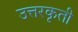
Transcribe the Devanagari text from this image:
उत्तरकृती